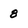
Character: 8